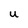
Character: u